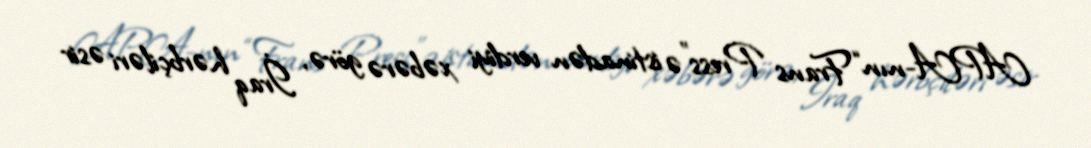
APA-nın “Frans Press”ə istinadən verdiyi xəbərə görə, İraq hərbçiləri əsir